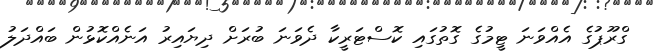
ގްރޫޕުގެ އެއްވަނަ ޓީމުގެ ގޮތުގައި ކޮސްޓަރީކާ ދެވަނަ ބުރަށް ދިޔައިރު އަނެއްކޮޅުން ބައްދަލު